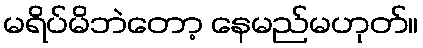
မရိပ်မိဘဲတော့ နေမည်မဟုတ်။